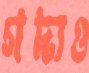
গদ্যও